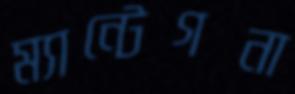
ম্যান্টেগনা